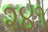
૨૪૧